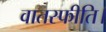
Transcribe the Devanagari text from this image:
वातस्फीति।